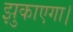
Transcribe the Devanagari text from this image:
झुकाएगा।